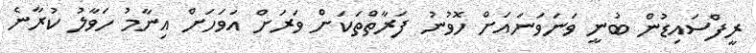
ރީފްސައިޑުން ބުނީ ވަނަވަނައަށް ހޮވުނު ފަރާތްތަކަށް ވަރަށް އަވަހަށް އިނާމު ހަވާލު ކުރާނެ